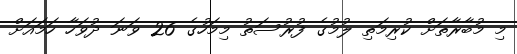
މި މުބާރާތަށް ކުރިމަތި ލުމުގެ ފުރުސަތު މިމަހުގެ 26 ވަނަ ދުވަހާ ހަމައަށް